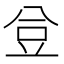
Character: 𧯚